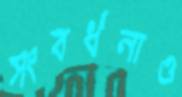
সংবর্ধনাও